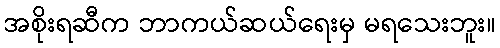
အစိုးရဆီက ဘာကယ်ဆယ်ရေးမှ မရသေးဘူး။